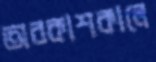
অবকাশকালে